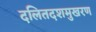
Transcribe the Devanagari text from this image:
दलितदशमुखरण